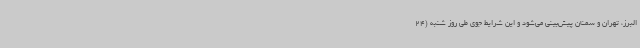
البرز، تهران و سمنان پیش‌بینی می‌شود و این شرایط جوی طی روز شنبه (24